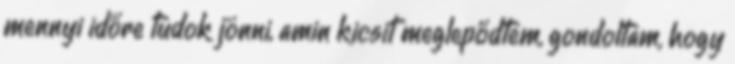
mennyi időre tudok jönni, amin kicsit meglepődtem, gondoltam, hogy